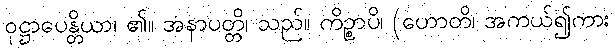
ဝုဋ္ဌာပေန္တိယာ၊ ၏။ အနာပတ္တိ၊ သည်။ ကိဉ္စာပိ၊ (ဟောတိ၊ အကယ်၍ကား